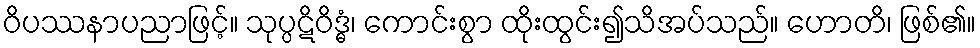
ဝိပဿနာပညာဖြင့်။ သုပ္ပဋိဝိဒ္ဓံ၊ ကောင်းစွာ ထိုးထွင်း၍သိအပ်သည်။ ဟောတိ၊ ဖြစ်၏။